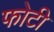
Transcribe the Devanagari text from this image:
फोटी